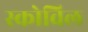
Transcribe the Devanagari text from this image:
स्कोविल